Indian journal of veterinary science and animal husbandry - Volumes 18-21, 1948-1951
Year: 1948
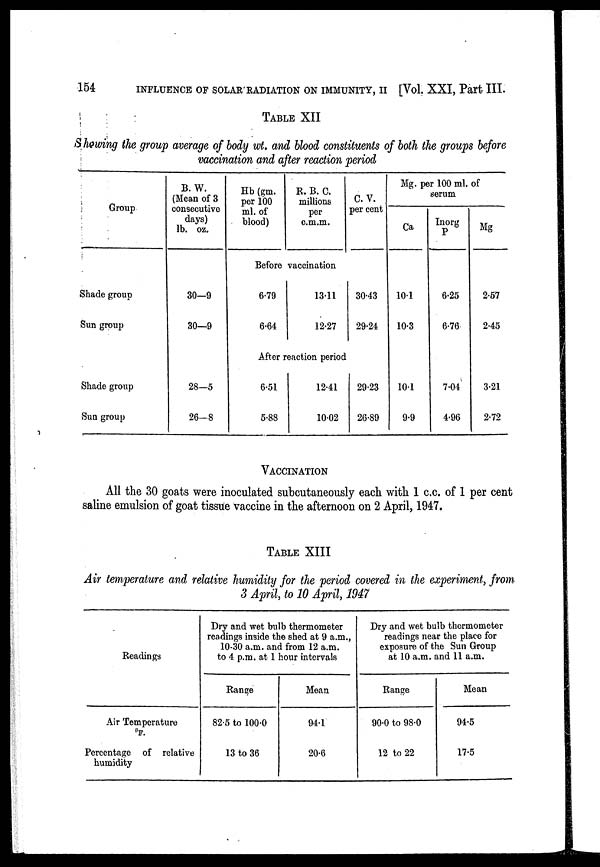
154
INFLUENCE OF SOLAR RADIATION ON IMMUNITY, II [Vol. XXI, Part III.
TABLE XII
Showing the group average of body wt. and blood constituents of both the groups before
vaccination and after reaction period
Group
Shade group
Sun group
Shade group
Sun group
B. W.
(Mean of 3
consecutive
days)
lb. oz.
30—9
30—9
28—5
26—8
Hb (gm.
per 100
ml. of
blood)
R. B. C.
millions
per
c.m.m.
C. V.
per cent
Before vaccination
6.79
6.64
13.11
12.27
30.43
29.24
After reaction period
6.51
5.88
12.41
10.02
29.23
26.89
Mg. per 100 ml. of
serum
Ca
10.1
10.3
10.1
9.9
Inorg
P
6.25
6.76
7.04
4.96
Mg
2.57
2.45
3.21
2.72
VACCINATION
All the 30 goats were inoculated subcutaneously each with 1 c.c. of 1 per cent
saline emulsion of goat tissue vaccine in the afternoon on 2 April, 1947.
TABLE XIII
Air temperature and relative humidity for the period covered in the experiment, from
3 April, to 10 April, 1947
Readings
Air Temperature
°F
Percentage of relative
humidity
Dry and wet bulb thermometer
readings inside the shed at 9 a.m.,
10.30 a.m. and from 12 a.m.
to 4 p.m. at 1 hour intervals
Range
82.5 to 100.0
13 to 36
Mean
94.1
20.6
Dry and wet bulb thermometer
readings near the place for
exposure of the Sun Group
at 10 a.m. and 11 a.m.
Range
90.0 to 98.0
12 to 22
Mean
94.5
17.5